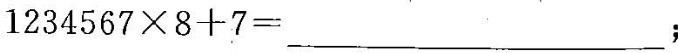
$$1 2 3 4 5 6 7 \times 8 + 7 = ___$$；